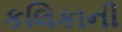
કલિકાની